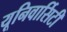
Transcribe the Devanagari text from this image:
यूनिवार्सिटी